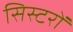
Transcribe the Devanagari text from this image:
सिस्टरों